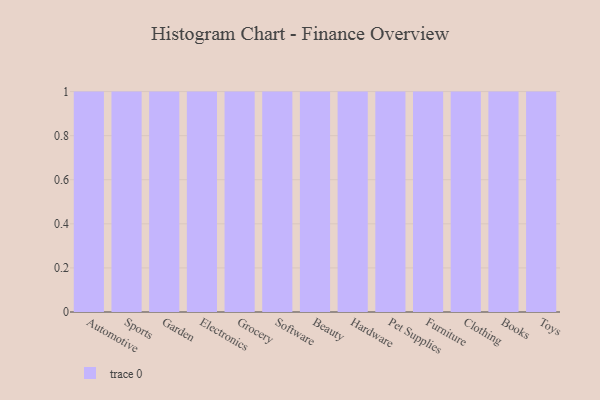
{"axis": {"x": "Category", "y": "Budget (USD K)"}, "legend": [""], "data": [{"x": "Automotive", "y": 17, "type": ""}, {"x": "Sports", "y": 60, "type": ""}, {"x": "Garden", "y": 23, "type": ""}, {"x": "Electronics", "y": 59, "type": ""}, {"x": "Grocery", "y": 37, "type": ""}, {"x": "Software", "y": 52, "type": ""}, {"x": "Beauty", "y": 40, "type": ""}, {"x": "Hardware", "y": 49, "type": ""}, {"x": "Pet Supplies", "y": 59, "type": ""}, {"x": "Furniture", "y": 90, "type": ""}, {"x": "Clothing", "y": 56, "type": ""}, {"x": "Books", "y": 5, "type": ""}, {"x": "Toys", "y": 83, "type": ""}]}